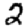
Digit: 2